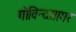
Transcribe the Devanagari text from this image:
गोविन्दसागर